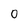
Character: O